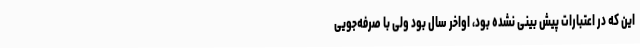
این که در اعتبارات پیش بینی نشده بود، اواخر سال بود ولی با صرفه‌جویی